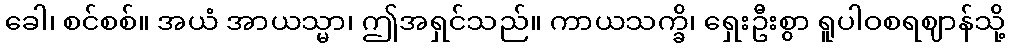
ခေါ၊ စင်စစ်။ အယံ အာယသ္မာ၊ ဤအရှင်သည်။ ကာယသက္ခိ၊ ရှေးဦးစွာ ရူပါဝစရဈာန်သို့